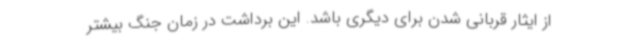
از ایثار قربانی شدن برای دیگری باشد. این برداشت در زمان جنگ بیشتر